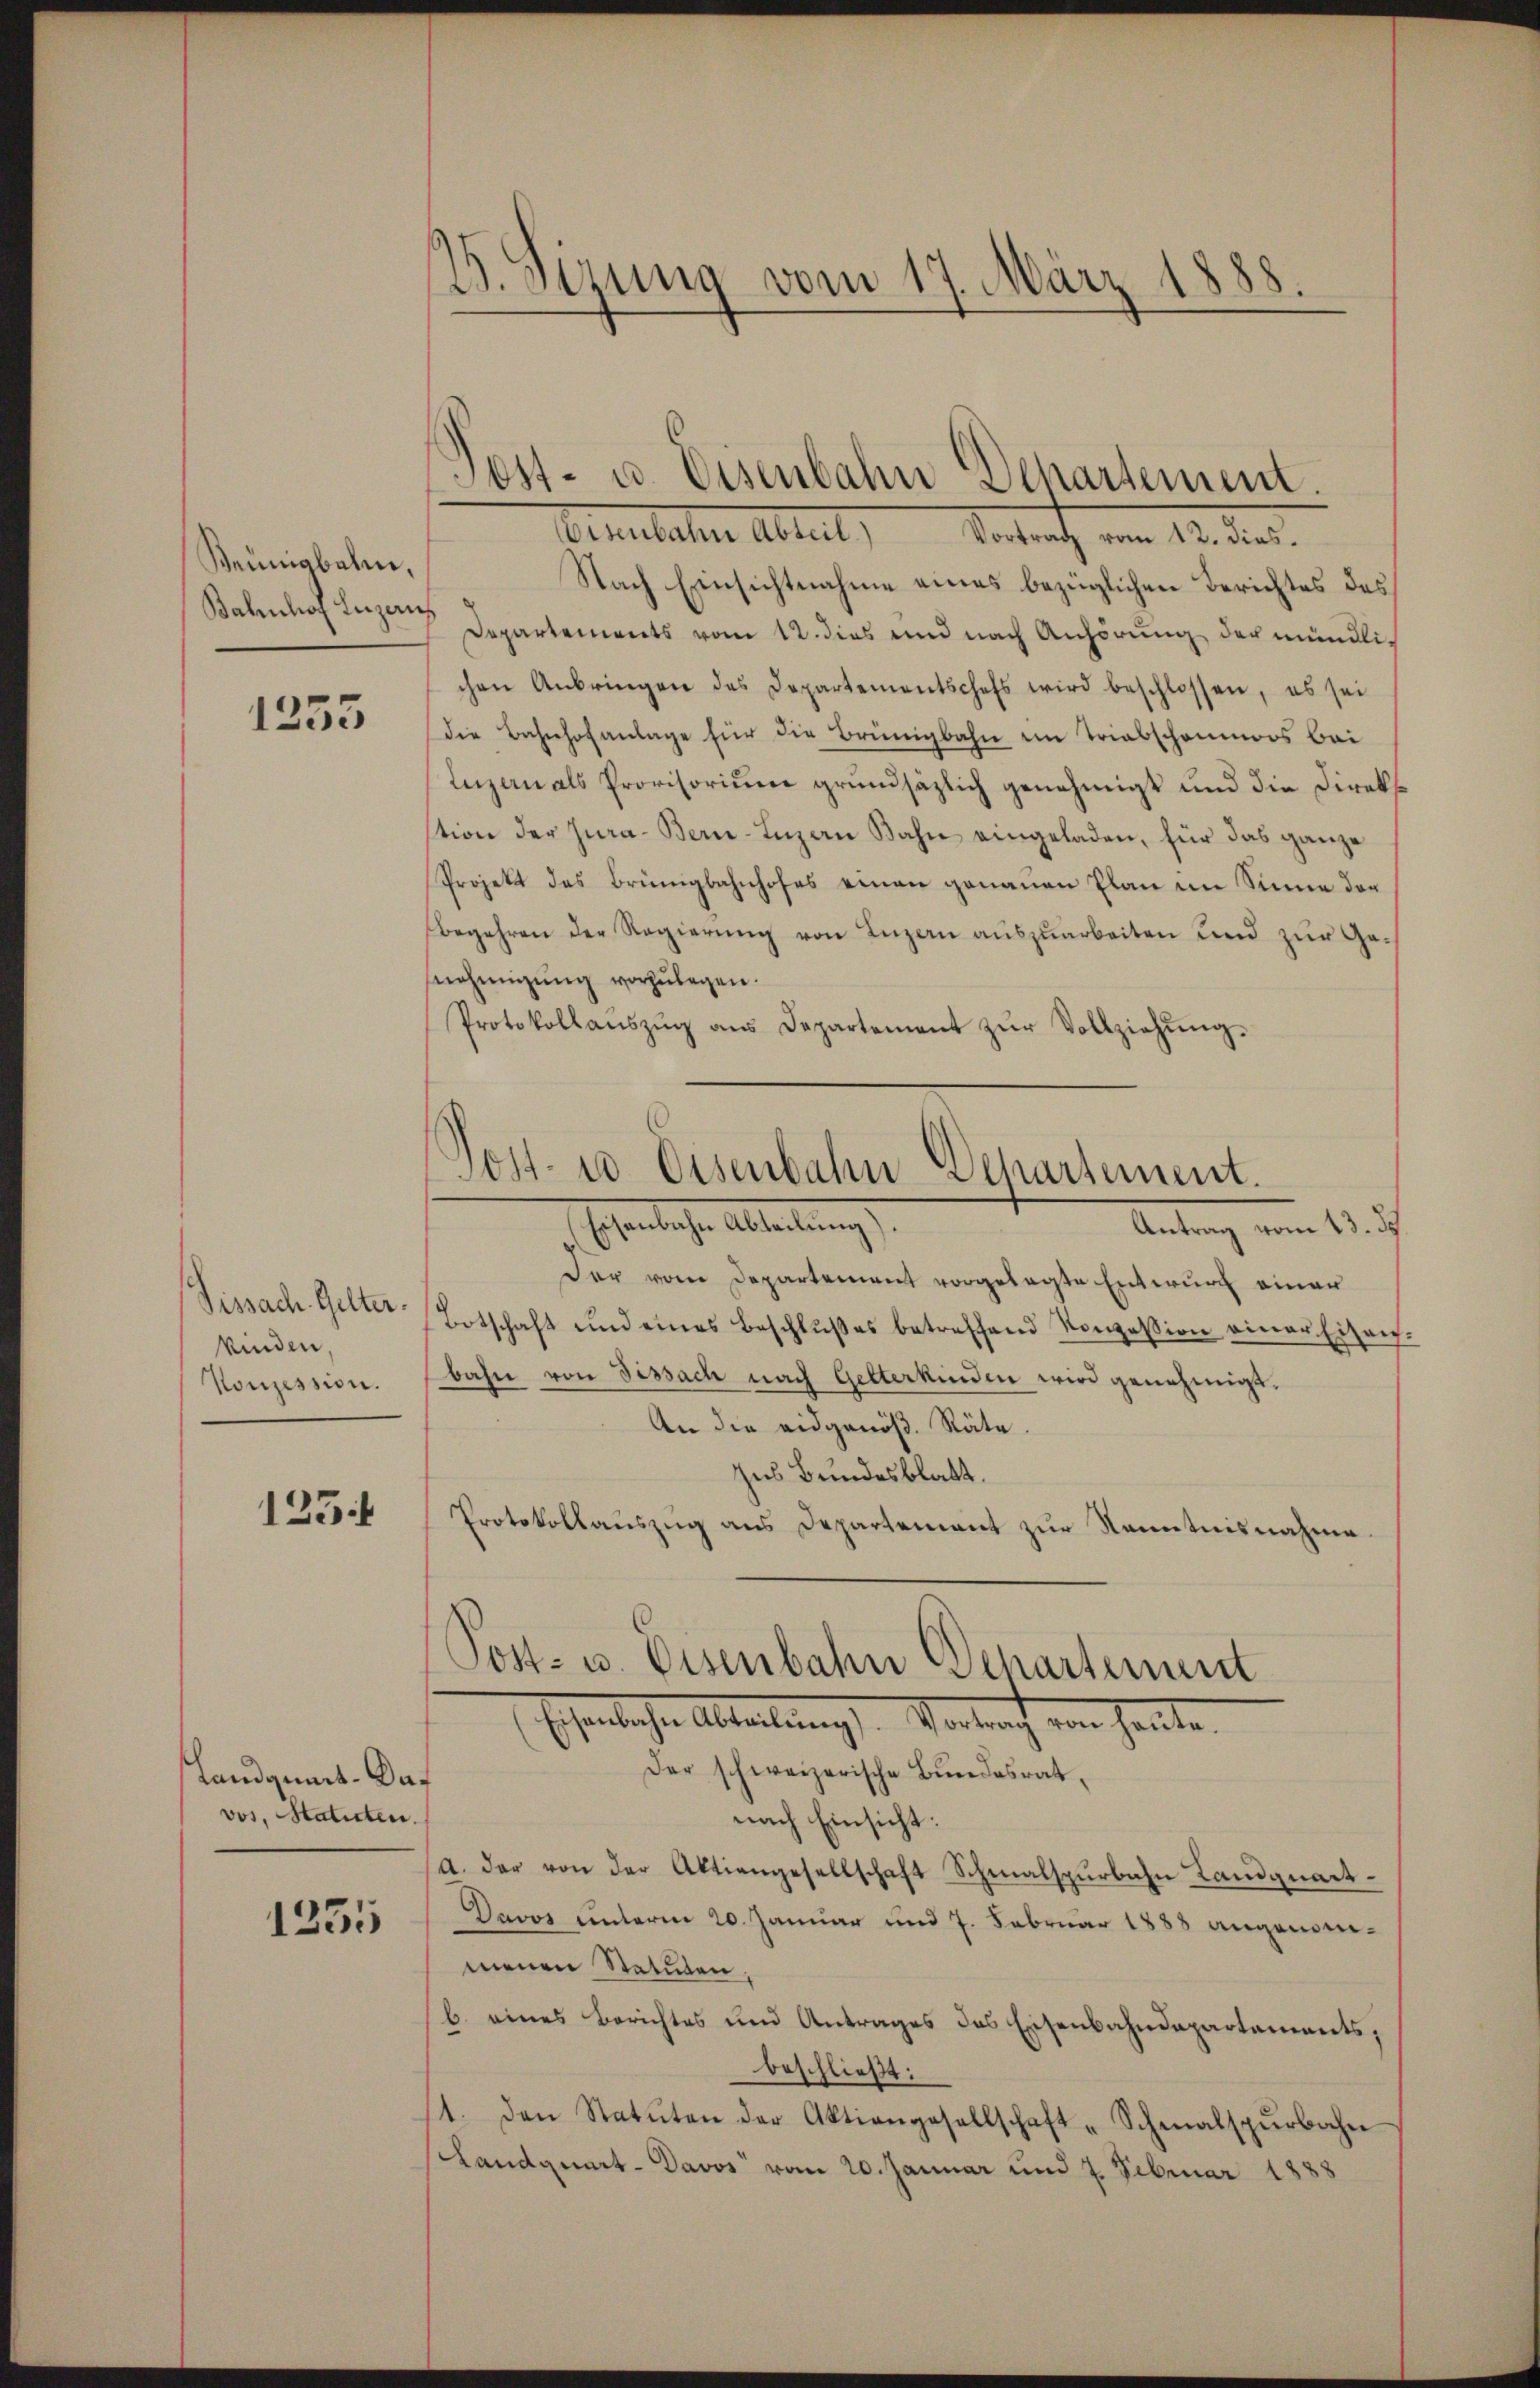
Beunsbahn,
Bahnhof Luzern

1253

Sissach. Gelter.
kinden
Konzession.

123.

Landquart-Dar
vos, Statuten.

1255

B. Sizung vom 17. März 1888.

Bernhalter Abteil, Betrach vom 12. dies
Nach Einsichtnahme eines bezüglichen Berichtes des
Departements vom 12. dies und nach Anhörŭng der mündlichen Anbringen des Departementschefs wird beschlossen, es sei
die Bahnhofanlage für die Brüngbahn im Triabschenmoos bei
Inzen als Provisorium grundsätzlich genehmigt und die Direkt
stion der Jura-Bern-Inzan Bahn eingeladen, für das ganze
Projekt des Brünigbahnhofes einen genauen Plan im Sinne der
begehren der Regierung von Luzern auszuarbeiten und zur Genehmigŭng vorzulegen.
Protokollaŭszŭg aŭs Departement zŭr Vollziehŭng.
Eigentliche Abteilung
Antrag vom 13. ds.
Der vom Departement vorgelegte Entwurf einer
Botschaft und eines Beschlŭβes betreffend Konzession einer Eisen-
bahn von Fissach nach Gelterkinden wird genehmigt.
An die eidgenöß. Räte.
zus Bundesblatt.
Protokollauszug aus Departement zur Kenntnisnahme.
Post- u. Eisenbahn Departement
schenlichen Abteilung Vortrach von heute.
Der schweizerische Bundesrat,
nach Einsicht:
a. der von der Aktiengesellschaft Schmalspurbahn Landquart¬
Davos unterm 20. Januar und 7. Februar 1888 angenommenen Statuten,
b. eines Berichtes und Antrages das Eisenbahndepartements;
beschließt:
11. den Statuten der Aktiengesellschaft-Schmalspŭrbahn
Landquart - Davos vom 20. Januar und 7. Februar 1888

Post- u. Eisenbahn Departement.

Post- u. Osenbahn-Departement.